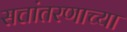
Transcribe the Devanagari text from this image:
सत्तांतरणाच्या